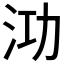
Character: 𭰀